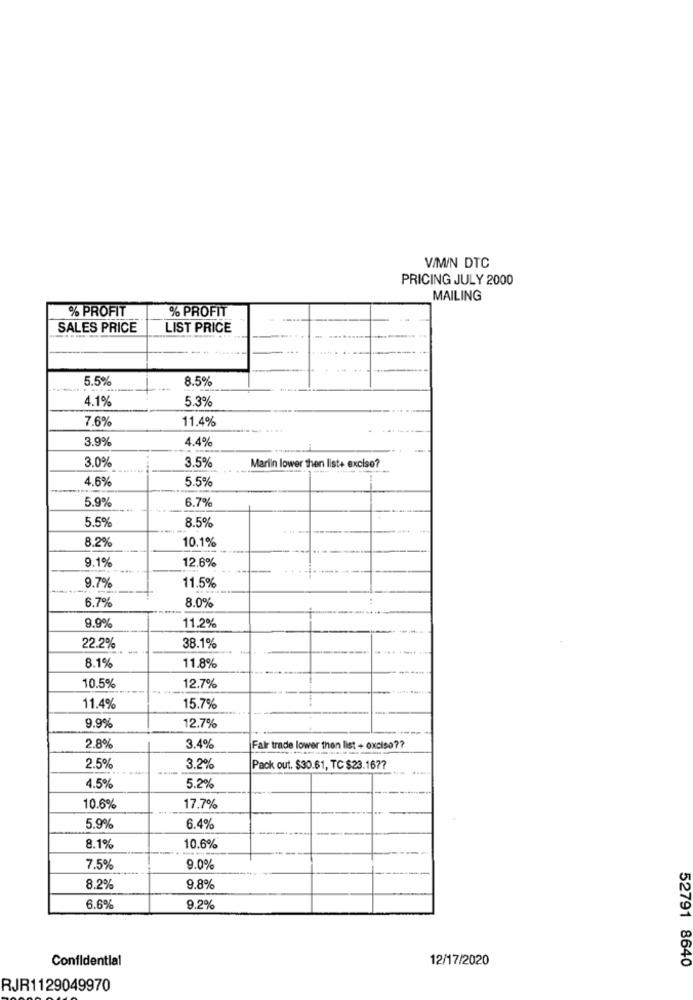
V/MIN DTC
PRICING JULY 2000
MAILING
% PROFIT
% PROFIT
SALES PRICE
LIST PRICE
5.5%
8.5%
4.1%
5.3%
7.6%
11.4%
3.9%
4.4%
3.0%
3.5%
Mariin lower then list+ excise?
4.6%
5.5%
5.9%
6.7%
5.5%
8.5%
8.2%
10.1%
9.1%
12.6%
9.7%
11.5%
6.7%
8.0%
9.9%
11.2%
22.2%
38.1%
8.1%
11.8%
10.5%
12.7%
11.4%
15.7%
9.9%
12.7%
2.8%
3.4%
Fair trade lower then list + oxciso ??
2.5%
3.2%
Pack out. $30.61, TC $23.16 ??
4.5%
5.2%
10.6%
17.7%
5.9%
6.4%
8.1%
10.6%
7.5%
9.0%
8.2%
9.8%
6.6%
9.2%
Confidential
12/17/2020
52791 8640
RJR1129049970